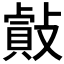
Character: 𢿡